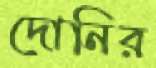
দোনির